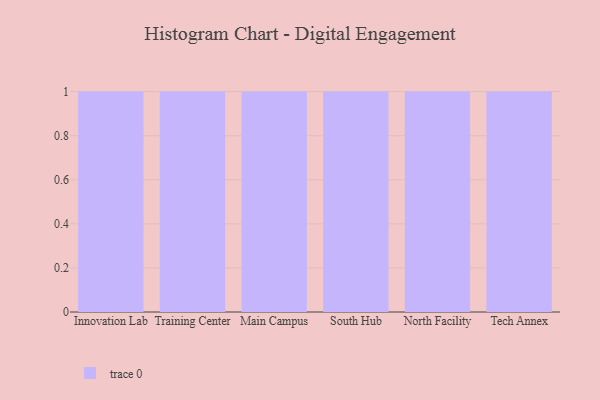
{"axis": {"x": "Campus", "y": "Energy Usage (MWh)"}, "legend": [""], "data": [{"x": "Innovation Lab", "y": 34, "type": ""}, {"x": "Training Center", "y": 30, "type": ""}, {"x": "Main Campus", "y": 22, "type": ""}, {"x": "South Hub", "y": 54, "type": ""}, {"x": "North Facility", "y": 37, "type": ""}, {"x": "Tech Annex", "y": 29, "type": ""}]}